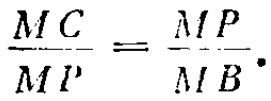
$\frac{MC}{MP}=\frac{MP}{MB}.$